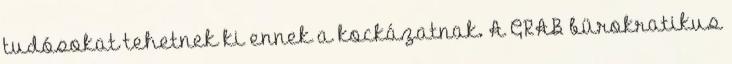
tudósokat tehetnek ki ennek a kockázatnak. A GRAB bürokratikus